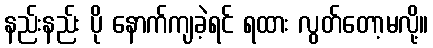
နည်းနည်း ပို နောက်ကျခဲ့ရင် ရထား လွတ်တော့မလို့။